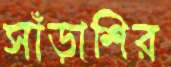
সাঁড়াশির